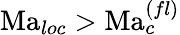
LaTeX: \mathrm{Ma}_{loc}>\mathrm{Ma}_{c}^{(fl)}